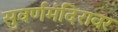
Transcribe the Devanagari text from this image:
सुवर्णमंदिरावर